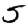
Digit: 5